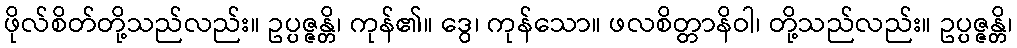
ဖိုလ်စိတ်တို့သည်လည်း။ ဥပ္ပဇ္ဇန္တိ၊ ကုန်၏။ ဒွေ၊ ကုန်သော။ ဖလစိတ္တာနိဝါ၊ တို့သည်လည်း။ ဥပ္ပဇ္ဇန္တိ၊